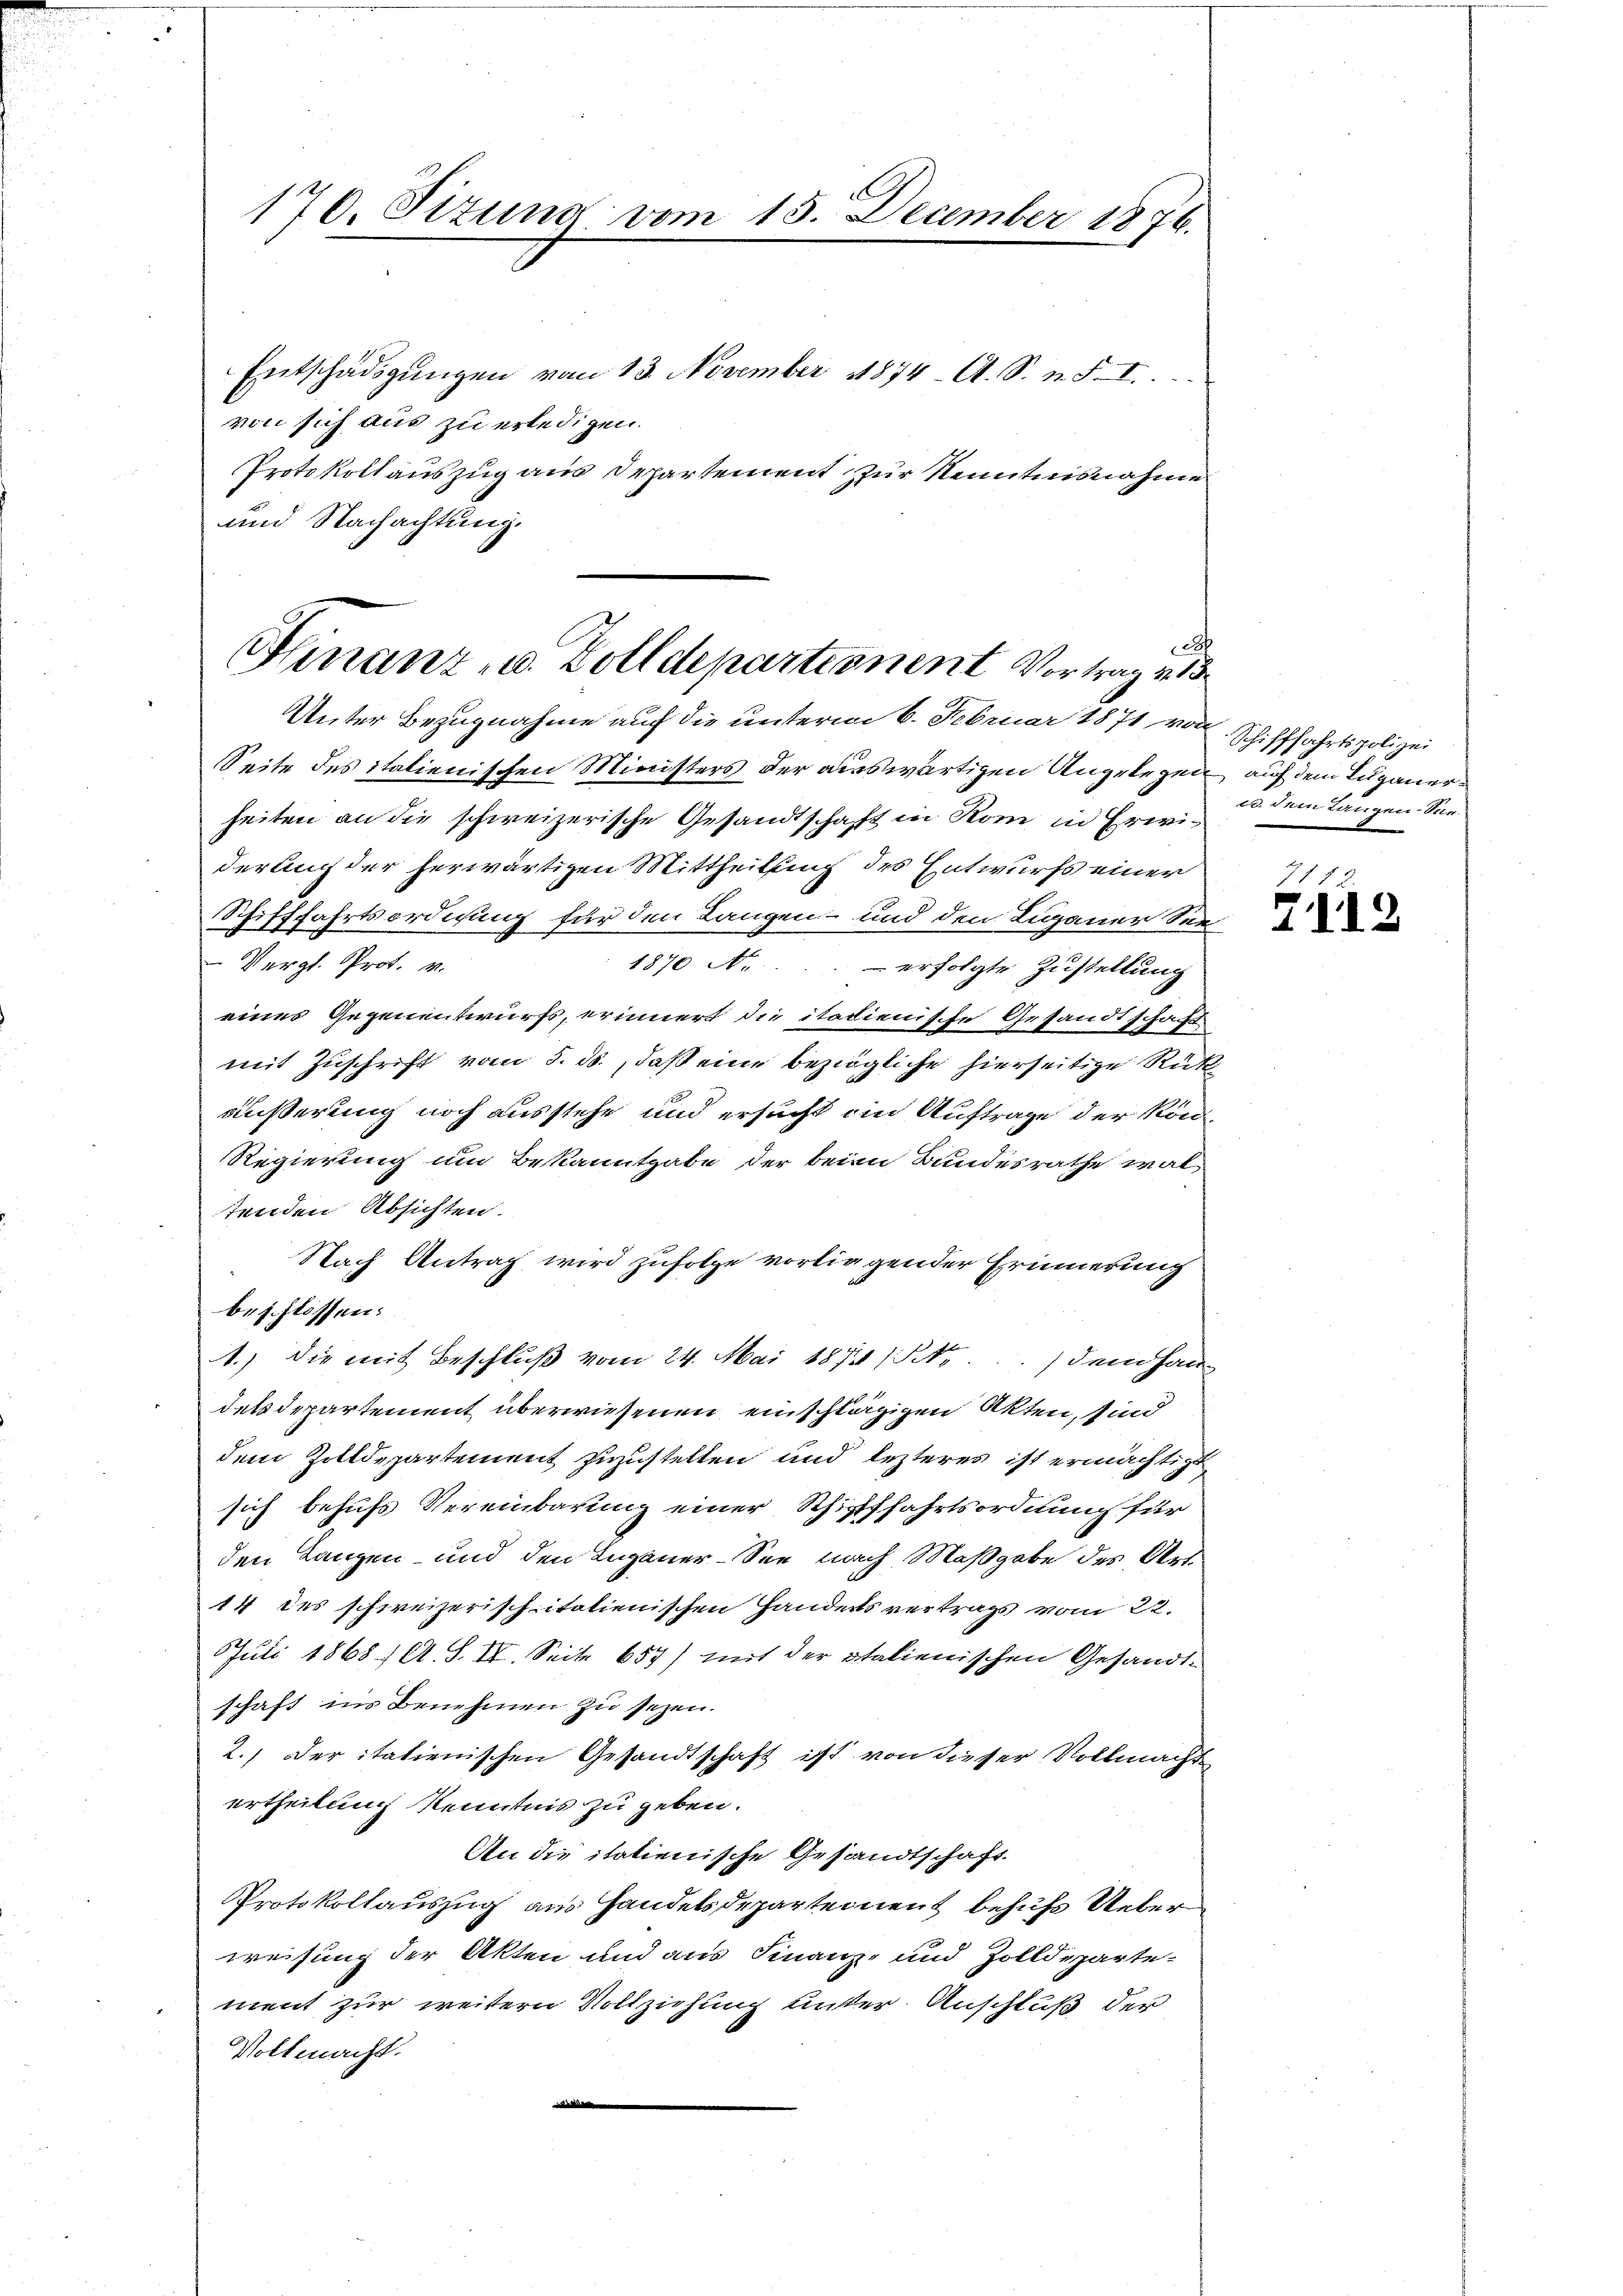
170. Sizung vom 15. December 1876.

Entschädigŭngen vom 13. November 1874. A. S. n. F. I
von sich aus zu erledigen.
Protokoll auszug aus Departement zur Kenntnisnahme
und Nachachtung.

c
Hinanz- u. Zolldepartionent Vortrag v. 13
Unter Bezugnahme auf die unterm 6. Februar 1871 von

Seite des italienischen Ministers der auswärtigen Angelegen, auf dem Luganerheiten an die schweizerische Gesandtschaft in Rom in Erwider auch der herwärtigen Mittheilung des Entwurfs einer
Schifffahrtsordnung für den Langen- und den Luganer See
Vergl. Prot. v.
1870 No. - erfolgte Zustellung
eines Gegenentwurfs, erinnert die itadienische Gesandtschafft
mit Zuschrift vom 5. ds., daß eine bezügliche hierseitige Rück
äußerung noch ausstehe und ersucht im Auftrage der kön¬
Regierung um Bekanntgabe der beim Bundesrathe waltenden Absichten.
Nach Antrag wird zufolge vorliegender Erinnerung
beschlossen:
1.) Die mit Beschluß vom 24. Mai 1874 /o.) dem Han
desdepartement überwiesenen einschlägigen Akten, sind
dem Zolldepartement zuzustellen und lezteres ist ermächtigt
sich behufs Vereinbarung einer Schifffahrtsordnung für
den Lanzen und den Luganer-See nach Maßgabe des Art
14 des schweizerisch italienischen Handerts vertrags vom 22.
Juli 1868, A. S. II. Seite 657) mit der Italienischen Gesandtschaft ins Benehmen zu sezen.
2.) Der italienischen Gesandtschaft ist von dieser Vollmachte
ertheilung Kenntnis zu geben.
An die italienische Gesandtschaft
Protokollauszug aus Handelsdeparteinent behufs Ueber
weisung der Akten und aus Finanz- und Zolldeparte-
ment zur weitern Vollziehung unter Anschluß der
Vollmacht.
e

Schifffahrtspolizei
. dem Langen. Sie

7172
7112